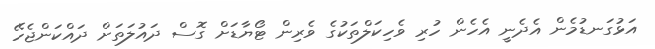
އަޅުގަނޑުމެން އެދެނީ އެހެން ހުރި ވެހިކަލްތަކުގެ ވެރިން ޓޯޔާޑަށް ގޮސް ދައުލަތަށް ދައްކަންޖެހޭ